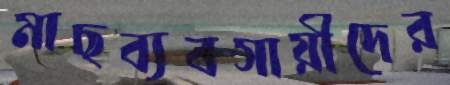
মাছব্যবসায়ীদের